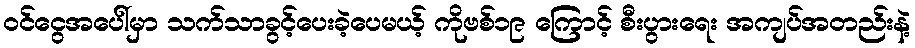
ဝင်ငွေအပေါ်မှာ သက်သာခွင့်ပေးခဲ့ပေမယ့် ကိုဗစ်၁၉ ကြောင့် စီးပွားရေး အကျပ်အတည်းနဲ့